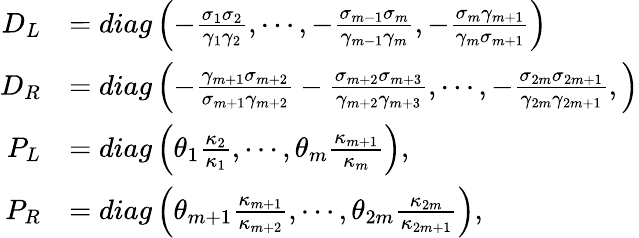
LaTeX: \begin{array}{rl}{D_{L}}&{=diag\left(-\frac{\sigma_{1}\sigma_{2}}{\gamma_{1}\gamma_{2}},\cdots,-\frac{\sigma_{m-1}\sigma_{m}}{\gamma_{m-1}\gamma_{m}},-\frac{\sigma_{m}\gamma_{m+1}}{\gamma_{m}\sigma_{m+1}}\right)}\\ {D_{R}}&{=diag\left(-\frac{\gamma_{m+1}\sigma_{m+2}}{\sigma_{m+1}\gamma_{m+2}}-\frac{\sigma_{m+2}\sigma_{m+3}}{\gamma_{m+2}\gamma_{m+3}},\cdots,-\frac{\sigma_{2m}\sigma_{2m+1}}{\gamma_{2m}\gamma_{2m+1}},\right)}\\ {P_{L}}&{=diag\left(\theta_{1}\frac{\kappa_{2}}{\kappa_{1}},\cdots,\theta_{m}\frac{\kappa_{m+1}}{\kappa_{m}}\right),}\\ {P_{R}}&{=diag\left(\theta_{m+1}\frac{\kappa_{m+1}}{\kappa_{m+2}},\cdots,\theta_{2m}\frac{\kappa_{2m}}{\kappa_{2m+1}}\right),}\end{array}